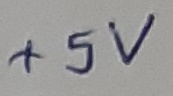
Text: +5V